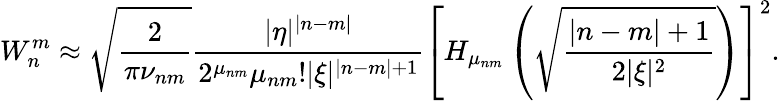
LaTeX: W_{n}^{m}\approx\sqrt{\frac 2{\pi\nu_{nm}}}\frac{|\eta|^{|n-m|}}{2^{\mu_{nm}}\mu_{nm}!|\xi|^{|n-m|+1}}\left[H_{\mu_{nm}}\left(\sqrt{\frac{|n-m|+1}{2|\xi|^{2}}}\right)\right]^{2}.